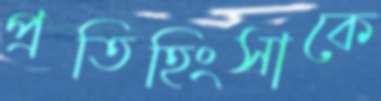
প্রতিহিংসাকে